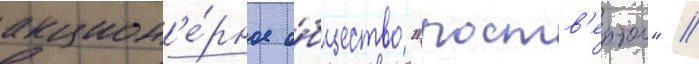
акцион'е́рное о́бщество "роств'ертол" //